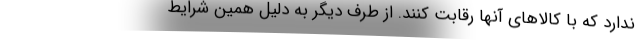
ندارد که با کالاهای آنها رقابت کنند. از طرف دیگر به دلیل همین شرایط